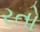
રતો